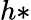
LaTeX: h*